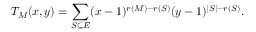
T _ { M } ( x , y ) = \sum _ { S \subseteq E } ( x - 1 ) ^ { r ( M ) - r ( S ) } ( y - 1 ) ^ { | S | - r ( S ) } .